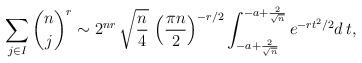
LaTeX: \begin{align*}\sum_{j\in I} \binom{n}{j}^r\sim 2^{nr}\, \sqrt{\frac{n}{4}}\, \left(\frac{\pi n}{2}\right)^{-r/2} \int_{-a+\frac{2}{\sqrt{n}}}^{-a+\frac{2}{\sqrt{n}}} e^{-rt^2/2}d\, t,\end{align*}